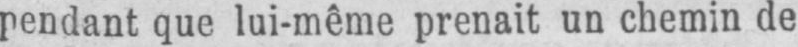
pendant que lui-même prenait un chemin de